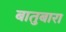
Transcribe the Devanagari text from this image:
बातुबारा